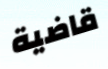
قاضية